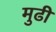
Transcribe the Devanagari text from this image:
मुढी